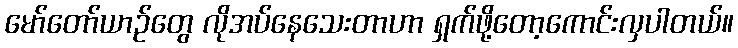
မော်တော်ယာဉ်တွေ လိုအပ်နေသေးတာဟာ ရှက်ဖို့တော့ကောင်းလှပါတယ်။